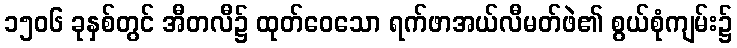
၁၅၀၆ ခုနှစ်တွင် အီတလီ၌ ထုတ်ဝေသော ရက်ဖာအယ်လီမတ်ဖဲ၏ စွယ်စုံကျမ်း၌